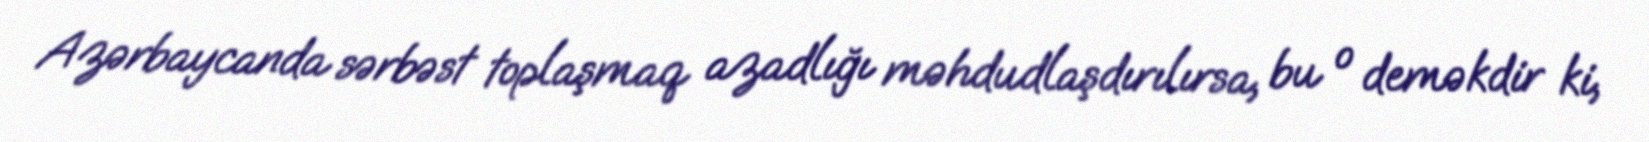
Azərbaycanda sərbəst toplaşmaq azadlığı məhdudlaşdırılırsa, bu o deməkdir ki,